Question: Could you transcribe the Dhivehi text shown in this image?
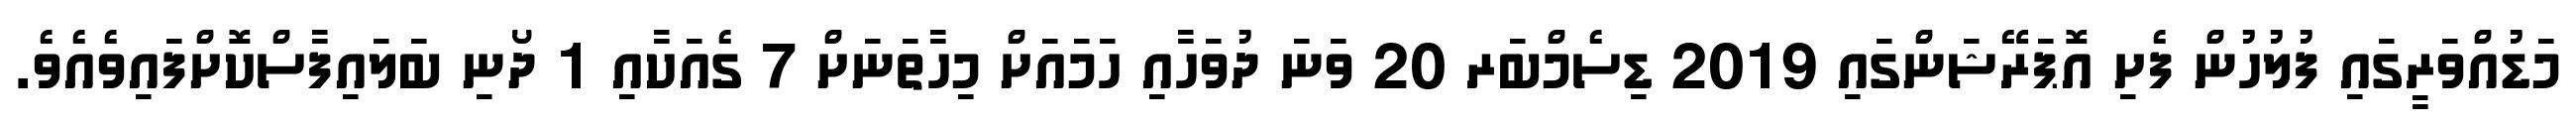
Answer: މަޑުއްވަރީގައި ފުލުހުން ފެށި އޮޕަރޭޝަންގައި 2019 ޑިސެމްބަރ 20 ވަނަ ދުވަހާއި ހަމައަށް މިހާތަނަށް 7 ގެއަކާއި 1 ދޯނި ބަލައިފާސްކޮށްފައިވެއެވެ.